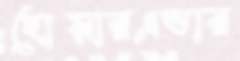
হোয়ারএভার